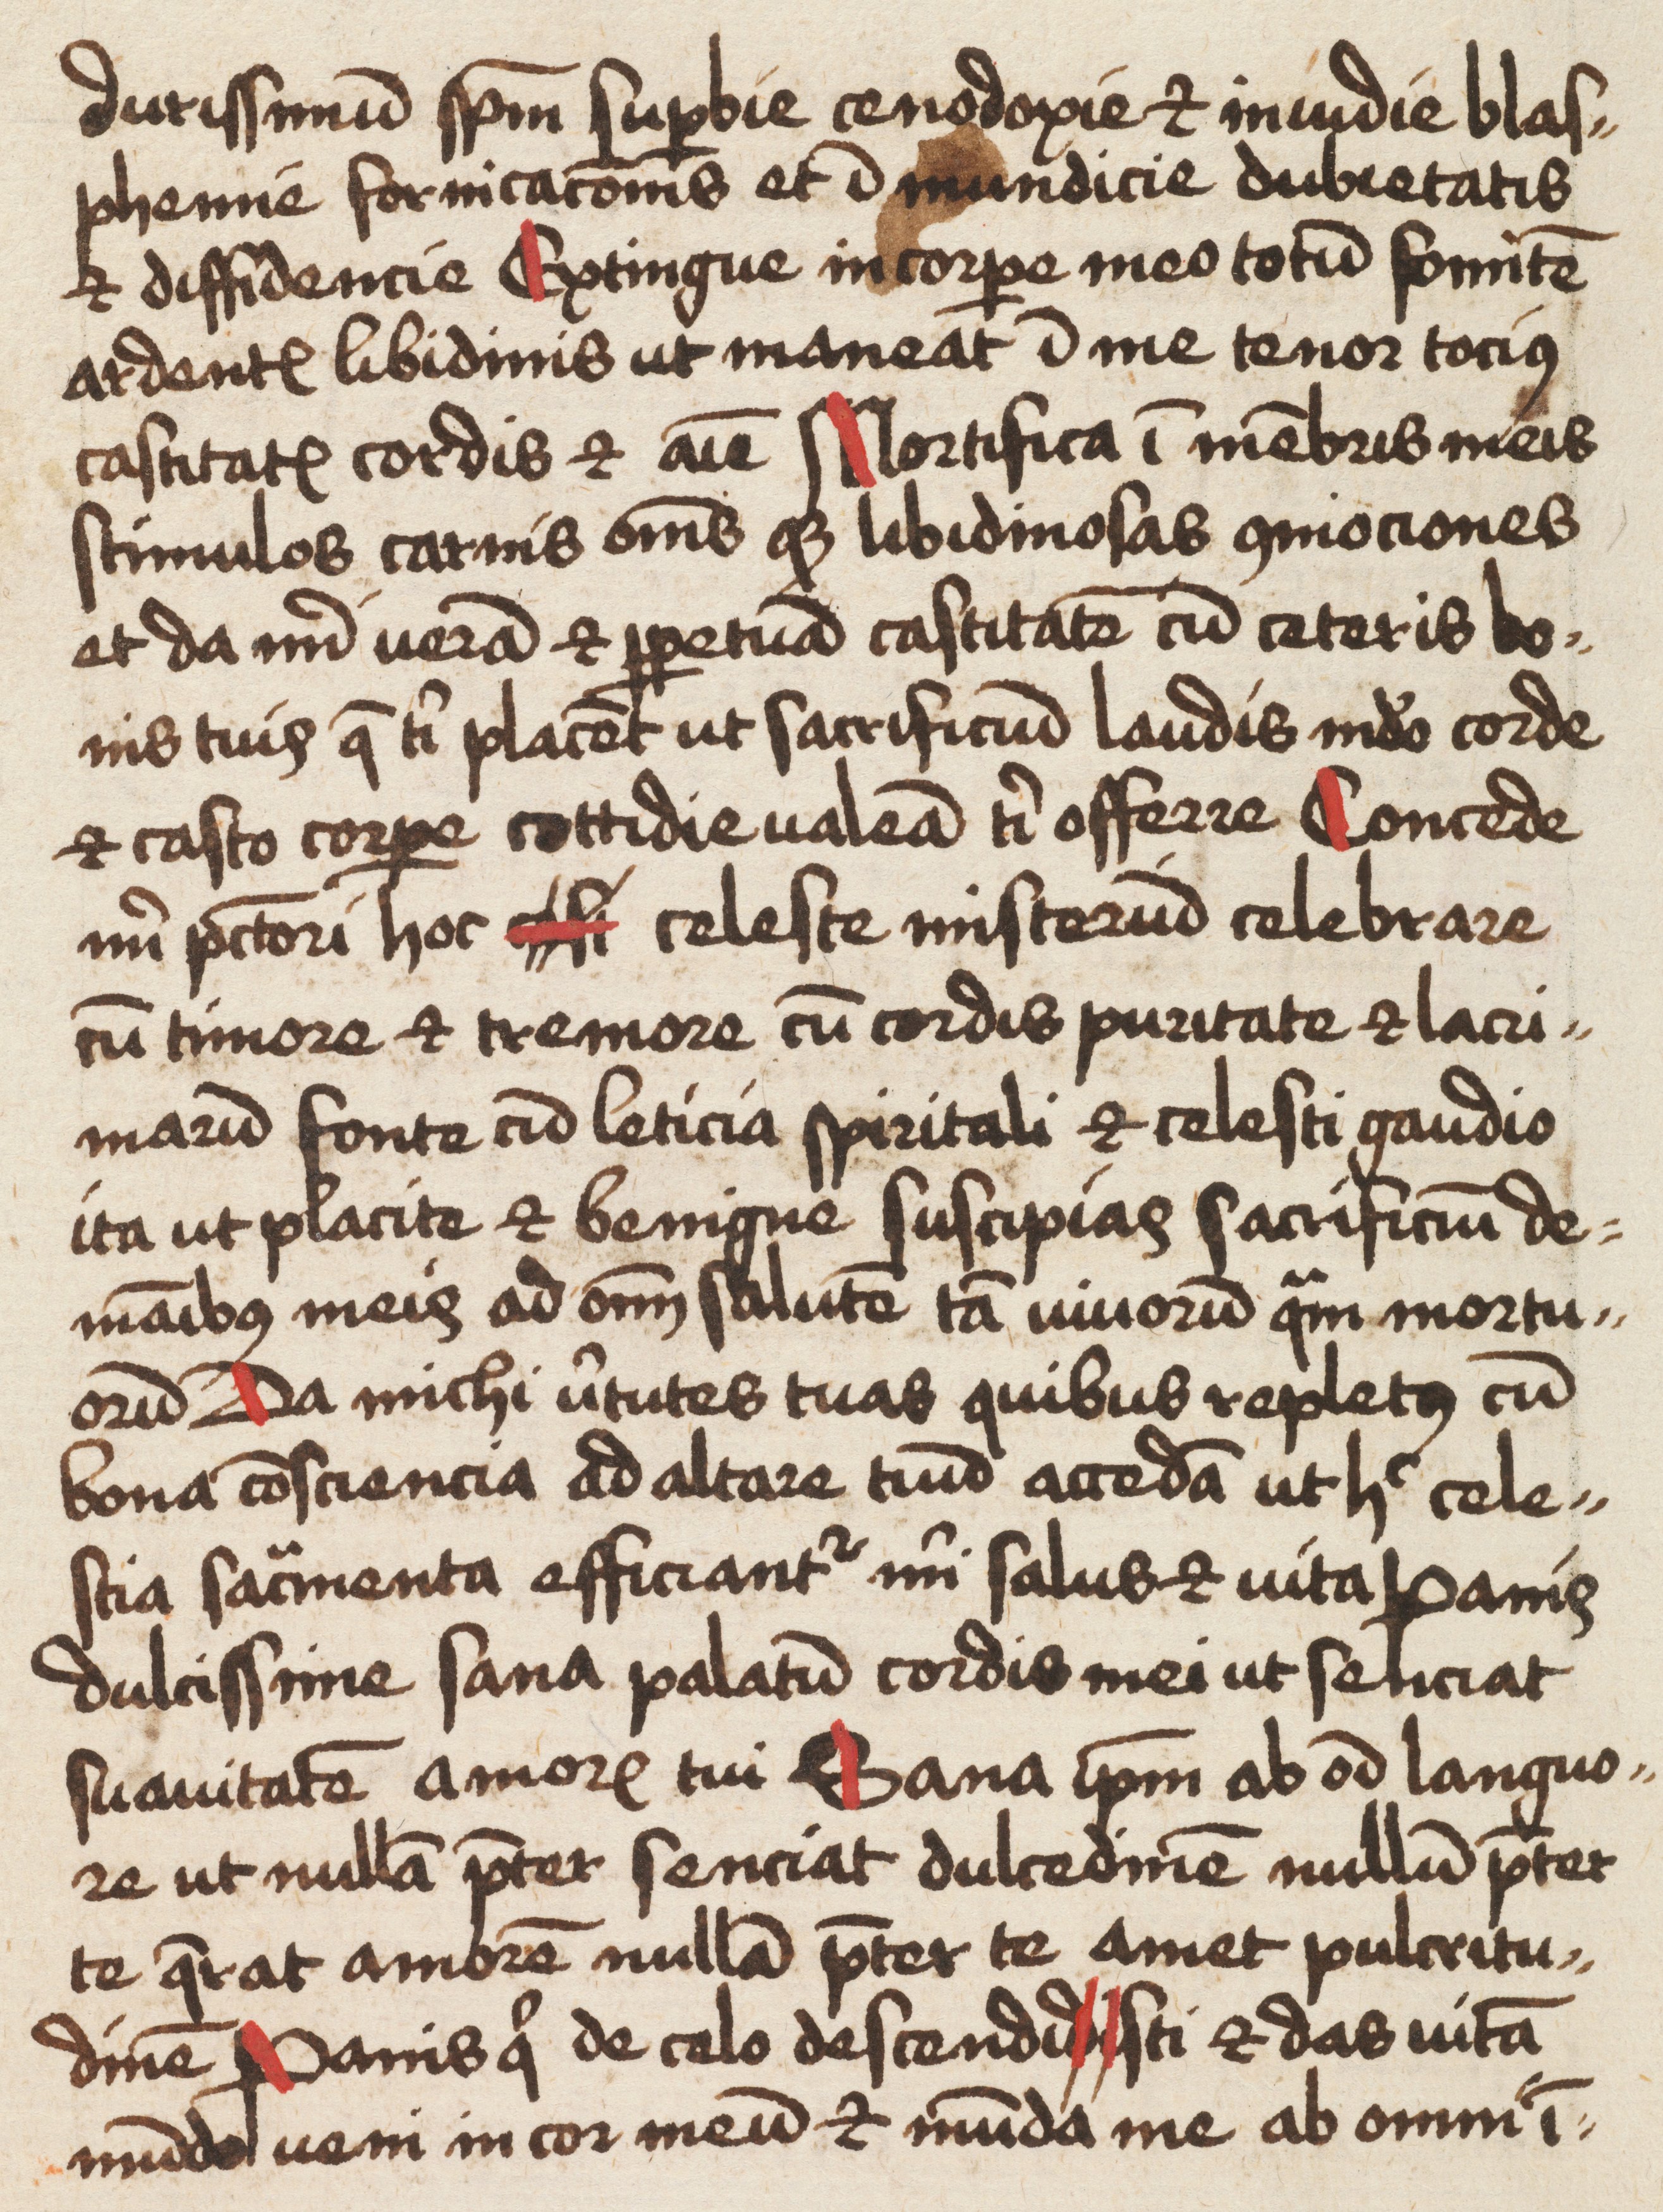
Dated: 1475–1499